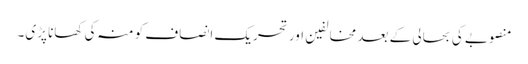
منصوبے کی بحالی کے بعد مخالفین اور تحریک انصاف کو منہ کی کھانا پڑی۔